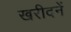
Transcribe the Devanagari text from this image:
खरीदनें